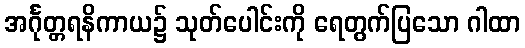
အင်္ဂုတ္တရနိကာယ၌ သုတ်ပေါင်းကို ရေတွက်ပြသော ဂါထာ